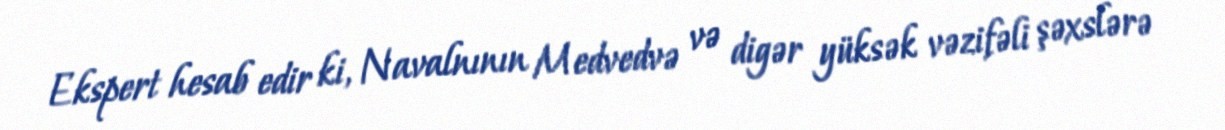
Ekspert hesab edir ki, Navalnının Medvedvə və digər yüksək vəzifəli şəxslərə